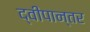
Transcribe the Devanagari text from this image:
द्वीपान्तर